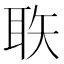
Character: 聅